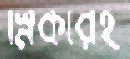
স্নিকারই